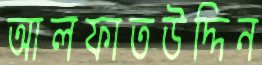
আলফাতউদ্দিন